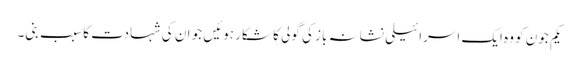
یکم جون کو وہ ایک اسرائیلی نشانہ باز کی گولی کا شکار ہوئیں جو ان کی شہادت کا سبب بنی۔